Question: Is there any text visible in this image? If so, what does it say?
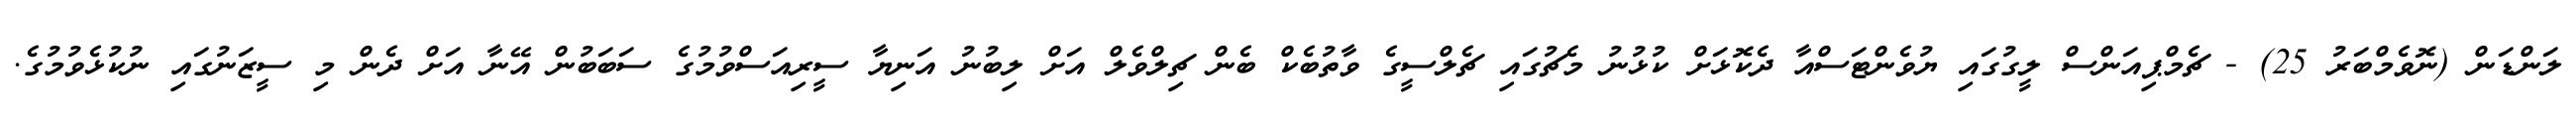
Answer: ލަންޑަން (ނޮވެމްބަރު 25) - ޗެމްޕިއަންސް ލީގުގައި ޔުވެންޓަސްއާ ދެކޮޅަށް ކުޅުނު މެޗުގައި ޗެލްސީގެ ވާތުބެކް ބެން ޗިލްވެލް އަށް ލިބުނު އަނިޔާ ސީރިއަސްވުމުގެ ސަބަބުން އޭނާ އަށް ދެން މި ސީޒަނުގައި ނުކުޅެވުމުގެ.